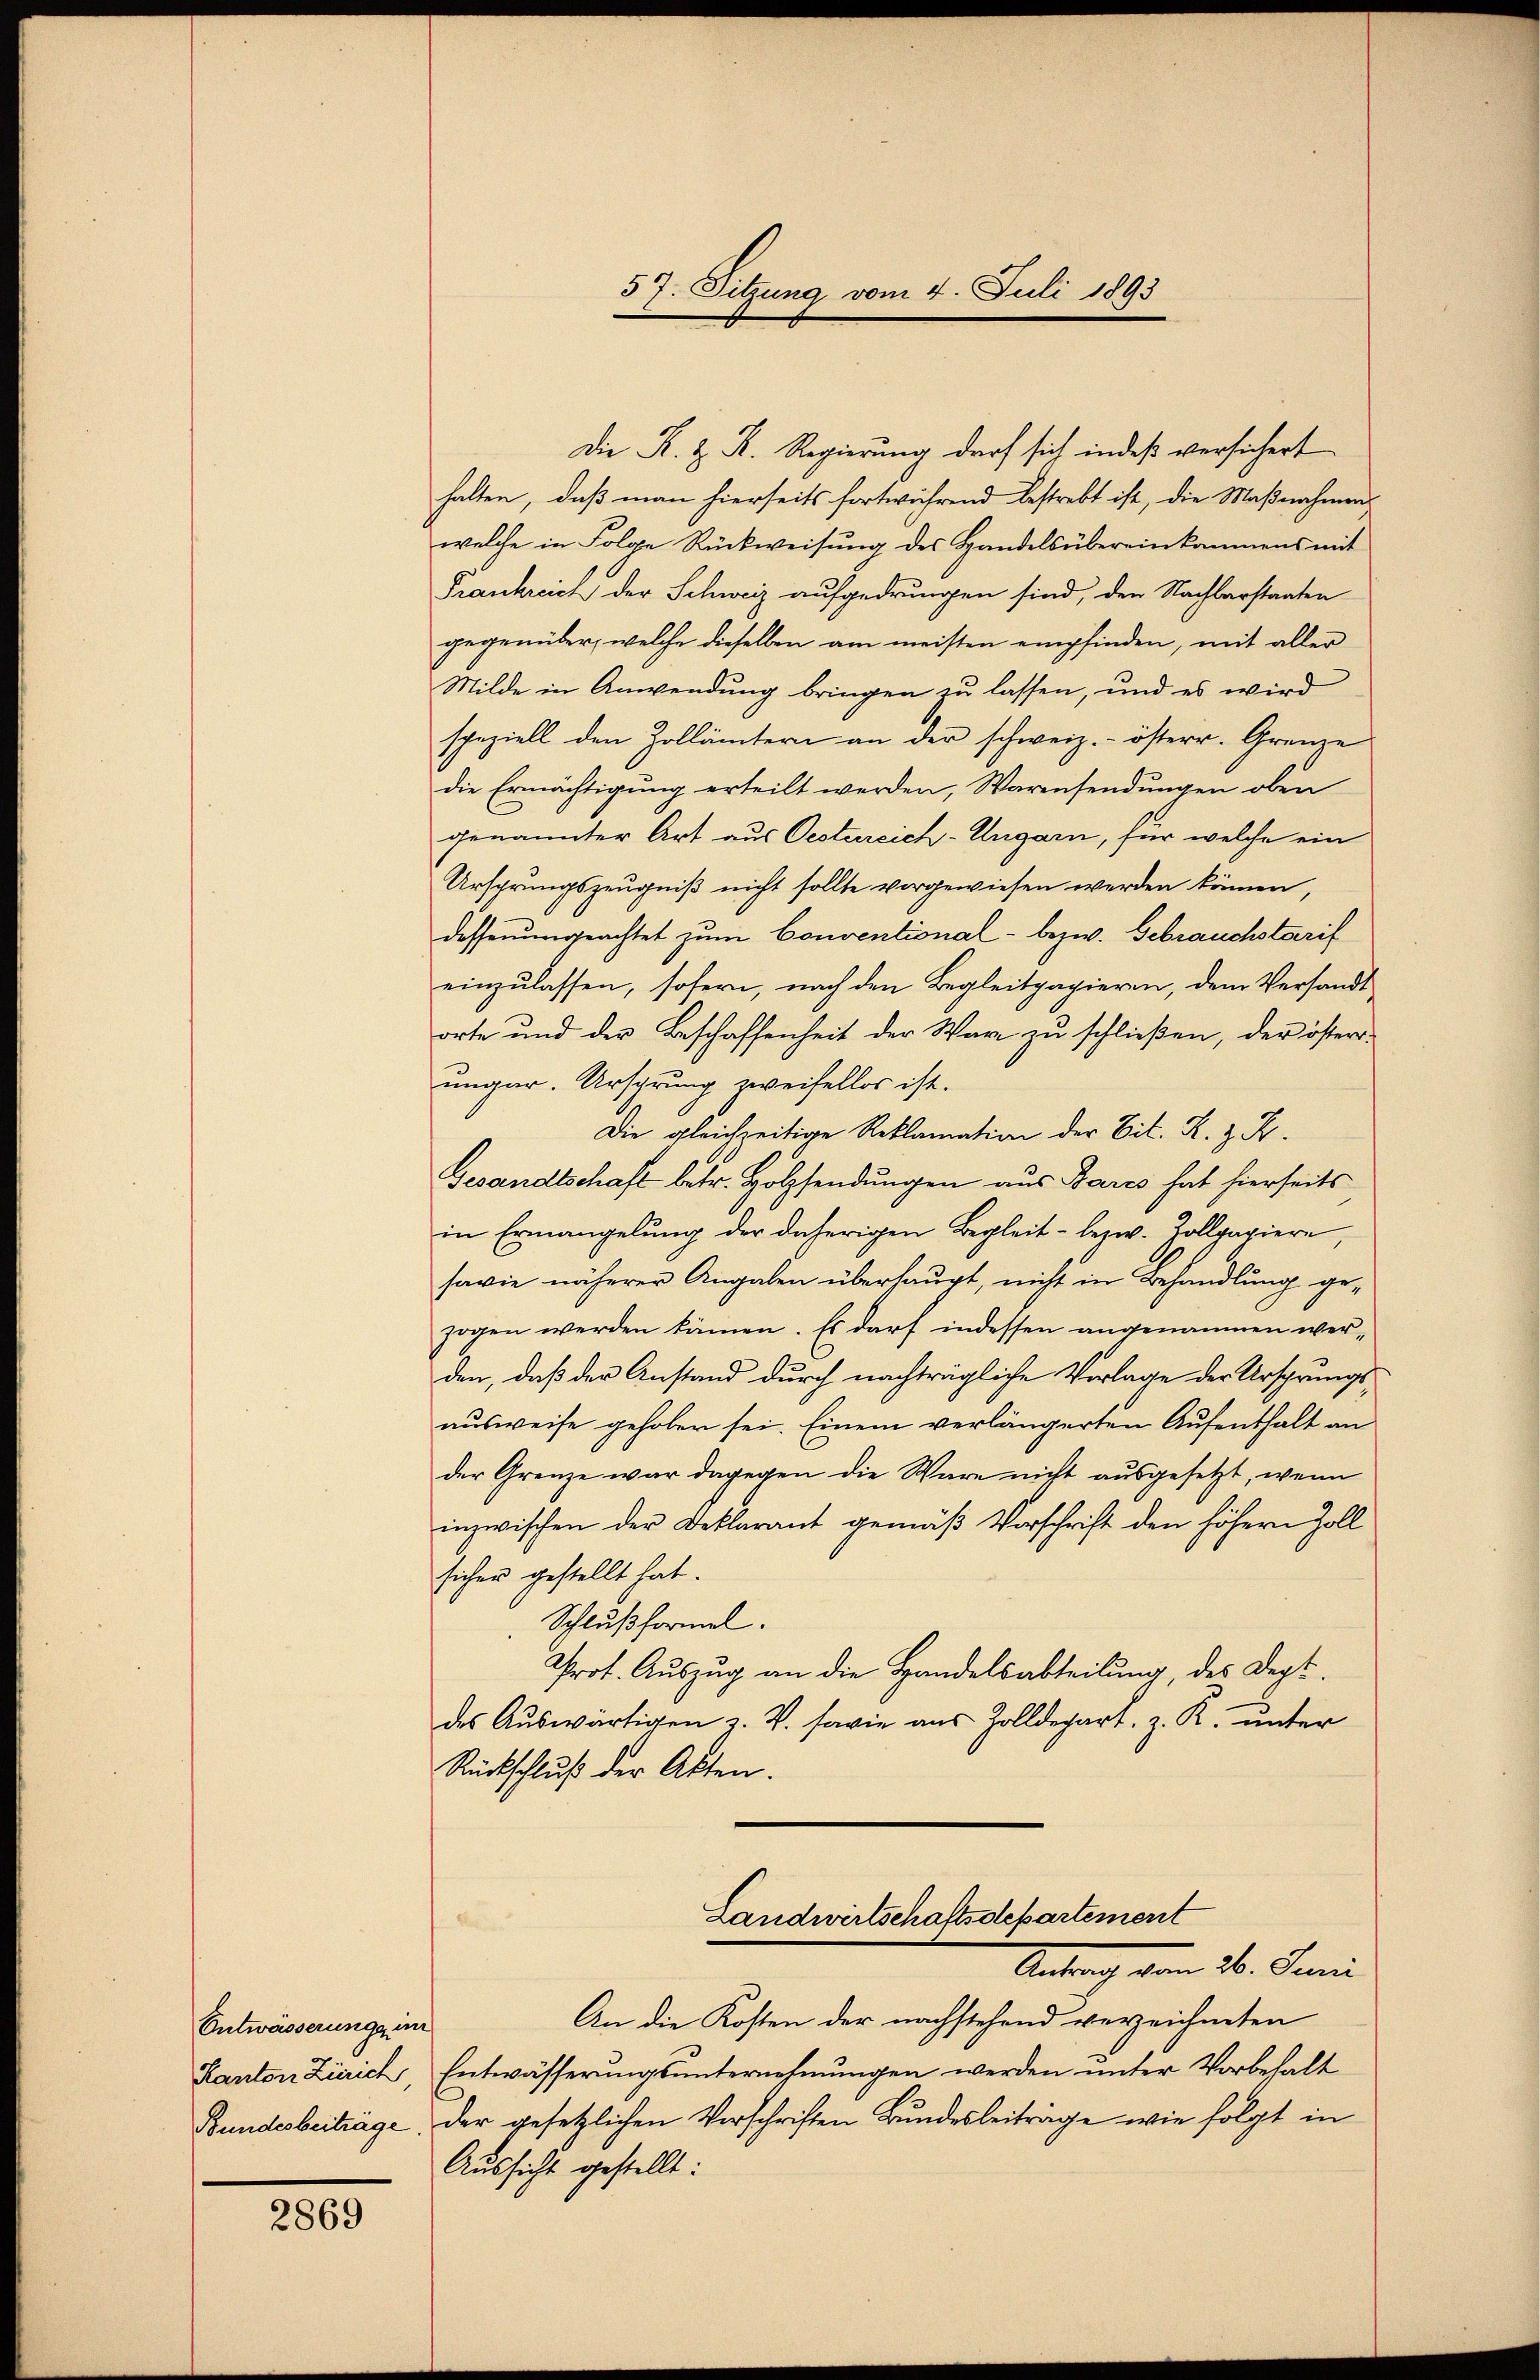
Entwässerungs im

2869

Die K. z. R. Regierung darf sich indeß versichert
halten, daß man hierseits fortwährend bestrebt ist, die Maßnahmen,
welche in Folge Rückweisŭng des Handels übereinkommens mit
Frankreich der Schweiz aufgedrungen sind, den Nachbarstaaten
gegenüber, welche dieselben am meisten empfinden, mit aller
Milde in Anwendung bringen zu lassen, und es wird
speziell den Zollämtern an der schweiz.- österr. Grenze
die Ermächtigung erteilt werden, Warensendungen oben
genannter Art aus Oestereich-Ungarn, für welche ein
Ursprungszeugniß nicht sollte vorgewiesen werden können,
dessenungeachtet zum Conventional- bezw. Gebrauchstarif
einzulassen, sofern, nach den Begleitpapieren, dem Versandt
orte und der Beschaffenheit der Ware zu schließen, der östersungar. Ursprung zweifellos ist.
Die gleichzeitige Reklamation der Eit. K. Z. Z.
Gesandtschaft betr. Holzsendungen aus Bares hat hierseits
in Ermangelung der daherigen Begleit- bezw. Zollpapiere,
sawie näherer Angaben überhaupt, nicht in Behandlung gezogen werden kämen. Es darf indessen angenommen werden, daß der Anstand durch nachträgliche Vorlage der Ursprungsausweise gehoben sei. Einem verlängerten Aufenthalt an
der Grenze war dagegen die Wäre nicht ausgesetzt, wenn
inzwischen der Beklarant gemäß Vorschrift den höhern Zoll
sicher gestellt hat.
Schlußformel.
Prot. Auszug an die Handelsabteilung, des Dept.
des Auswärtigen v. V. sowie aus Zolldepart, z. R. unter
Rückschluß der Akten.
Landwirtschaftsdepartement
Antrag vom 20. Juni
An die Kosten der nachstehend verzeichneten
Kanton Zürich, Entwässerŭngsŭnternehmungen werden ŭnter Vorbehalt
Bundesbeiträge, der gesetzlichen Vorschriften Bundesbeiträge wie folgt in
Aussicht gestellt:

57. Sitzung vom 4. Juli 1893